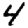
Digit: 4